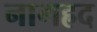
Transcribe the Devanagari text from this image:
नागह्रद